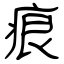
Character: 痕